Haapsalu_Metskond, lk 4
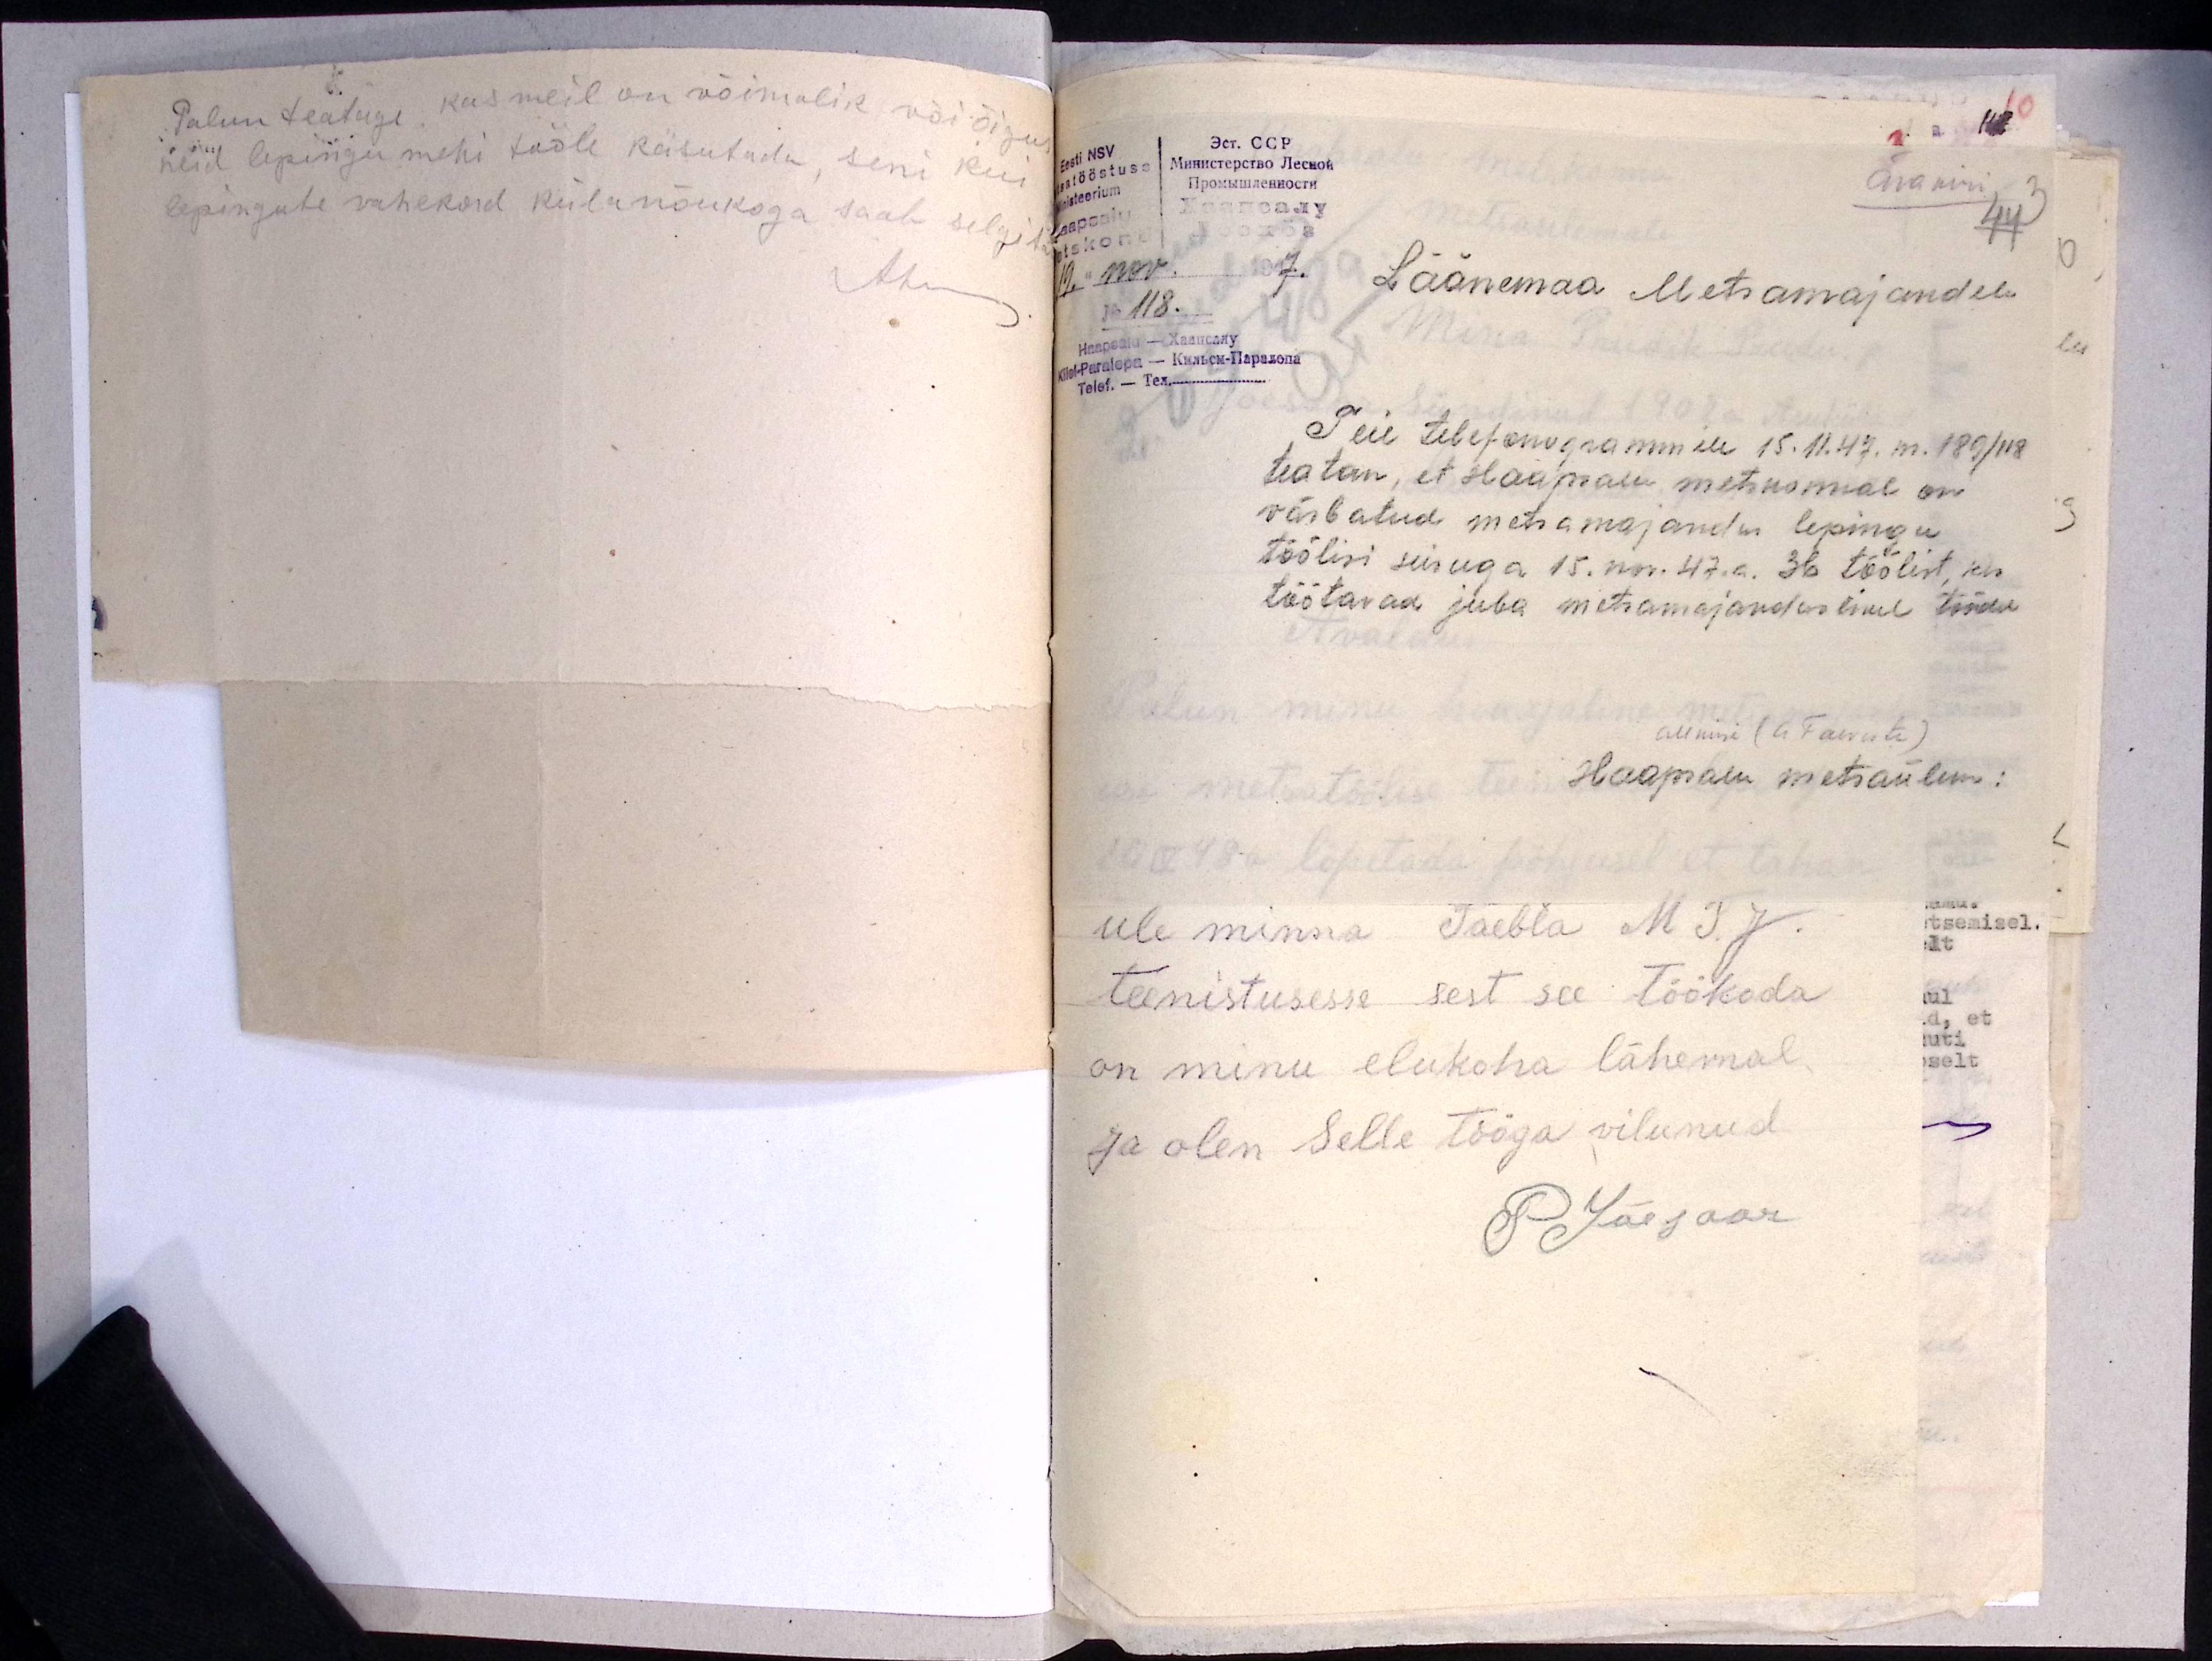
Palun teatage kas meil on võimalik või õigus
neid lepingu mehi tööle käsutada, seni kui
lepingute vahekord külanõukoga saab selgita

Ärakiri
3
44
Läänemaa Metsamajandile.
19." nov. 1947.
No 118.
Teie telefonogrammile 15.11.47. m. 189/118
teatan, et Haapsalu metskonnal on
värbatud metsamajandus lepingu
töölisi seisuga 15. nov. 47.a. 36 töölist, kes
töötavad juba metsamajanduslikel töödel
allkiri (A. Talviste)
Haapsalu metsaülem: